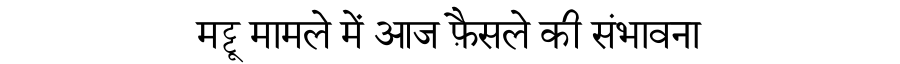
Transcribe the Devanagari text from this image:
मट्टू मामले में आज फ़ैसले की संभावना